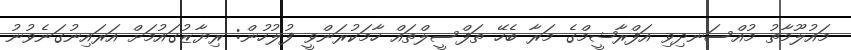
މައުލޫމާތު މުއްސަނދިވި އަފްރާޝީމްގެ މަރާ ބެހޭ ތަފްސީލްތައް ހާމަކުރަންވީ ފުލުހުން: ރިޔާޒުގައުމަށް އަރައިނުގަނެވުނު